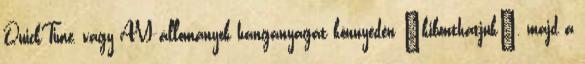
QuickTime, vagy AVI állományok hanganyagát könnyedén „kibonthatjuk”, majd a